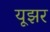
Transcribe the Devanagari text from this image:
यूझर